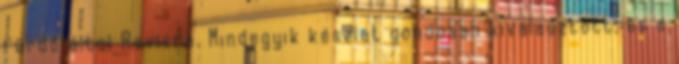
fürdő által Revivre. Mindegyik készlet gondosan kiválasztott, és a